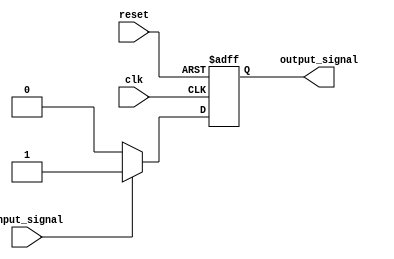
module voltage_level_shifter (
  input wire clk,
  input wire reset,
  input wire input_signal,
  output wire output_signal
);

reg output_reg;

always @(posedge clk or posedge reset) begin
  if (reset) begin
    output_reg <= 1'b0;
  end else begin
    // Detect input voltage level and adjust output voltage level accordingly
    if (input_signal == 1'b1) begin
      // Translate input signal to desired output voltage level
      output_reg <= 1'b1;
    end else begin
      output_reg <= 1'b0;
    end
  end
end

assign output_signal = output_reg;

endmodule